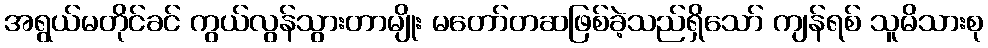
အရွယ်မတိုင်ခင် ကွယ်လွန်သွားတာမျိုး မတော်တဆဖြစ်ခဲ့သည်ရှိသော် ကျန်ရစ် သူမိသားစု